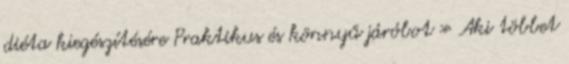
diéta kiegészítésére Praktikus és könnyű járóbot » Aki többet